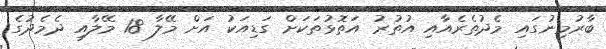
ބާރުމިނުގައި މެދުތެރެއާއި އުތުރު އަތޮޅުތަކަށް ގަޑިއަކު އަށް މޭލާ 18 މޭލާއި ދެމެދުގެ